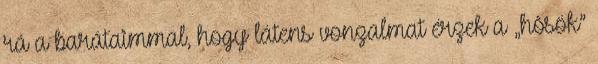
rá a barátaimmal, hogy látens vonzalmat érzek a „hõsök”